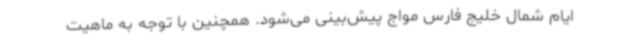
ایام شمال خلیج فارس مواج پیش‌بینی می‌شود. همچنین با توجه به ماهیت